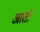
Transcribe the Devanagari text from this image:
आताे